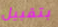
بتقبيل